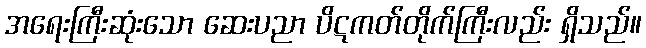
အရေးကြီးဆုံးသော ဆေးပညာ ပိဋကတ်တိုက်ကြီးလည်း ရှိသည်။